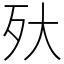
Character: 𣧂